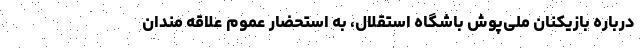
درباره بازیکنان ملی‌پوش باشگاه استقلال، به استحضار عموم علاقه مندان